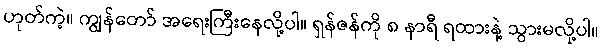
ဟုတ်ကဲ့။ ကျွန်တော် အရေးကြီးနေလို့ပါ။ ရှန်ဇန်ကို ၈ နာရီ ရထားနဲ့ သွားမလို့ပါ။